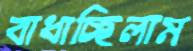
বাধাচ্ছিলাম